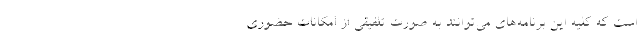
است که کلیه این برنامه‌های می‌توانند به صورت تلفیقی از امکانات حضوری